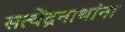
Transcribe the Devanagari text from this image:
सत्येंद्रनाथांना